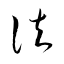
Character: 法